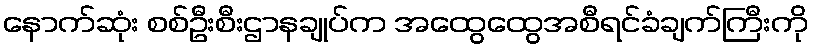
နောက်ဆုံး စစ်ဦးစီးဌာနချုပ်က အထွေထွေအစီရင်ခံချက်ကြီးကို